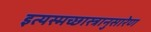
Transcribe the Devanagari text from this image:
इत्यस्मच्छास्त्रानुसारेण